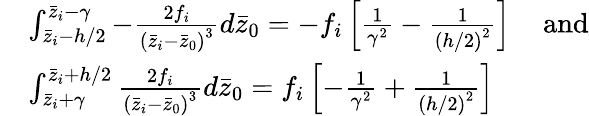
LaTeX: \begin{array}{rl}&{\int_{\bar{z}_{i}-h/2}^{\bar{z}_{i}-\gamma}-\frac{2f_{i}}{\left(\bar{z}_{i}-\bar{z}_{0}\right)^{3}}d\bar{z}_{0}=-f_{i}\left[\frac{1}{\gamma^{2}}-\frac{1}{\left(h/2\right)^{2}}\right]\, \quad\mathrm{and}}\\ &{\int_{\bar{z}_{i}+\gamma}^{\bar{z}_{i}+h/2}\frac{2f_{i}}{\left(\bar{z}_{i}-\bar{z}_{0}\right)^{3}}d\bar{z}_{0}=f_{i}\left[-\frac{1}{\gamma^{2}}+\frac{1}{\left(h/2\right)^{2}}\right]}\end{array}